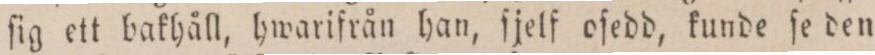
ſig ett bakhåll, hwarifrån han, ſjelf oſedd, kunde ſe den